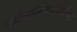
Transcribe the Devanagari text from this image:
अर्धसूत्रीविभाजनिक